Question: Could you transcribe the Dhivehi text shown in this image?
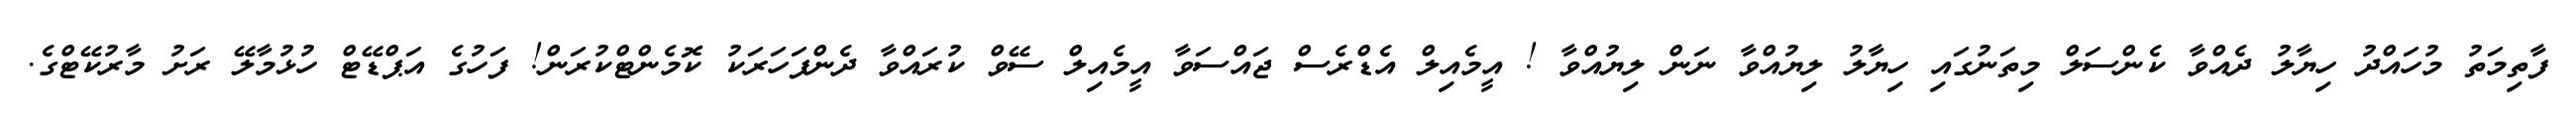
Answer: ފާތިމަތު މުހައްދު ހިޔާލު ދެއްވާ ކެންސަލް މިތަނުގައި ހިޔާލު ލިޔުއްވާ ނަން ލިޔުއްވާ ! އީމެއިލް އެޑްރެސް ޖައްސަވާ އީމެއިލް ސޭވް ކުރައްވާ ދެންފަހަރަކު ކޮމެންޓްކުރަން! ފަހުގެ އަޕްޑޭޓް ހުޅުމާލޭ ރަށު މާރުކޭޓްގެ.